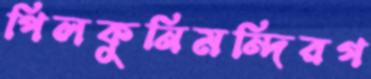
পিলকুনিমন্দিরগ